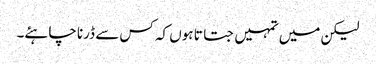
لیکن میں تمہیں جتاتا ہوں کہ کس سے ڈرنا چاہئے۔